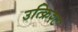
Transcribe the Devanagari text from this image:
उत्क्रिश्ट